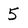
Character: 5